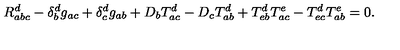
R _ { a b c } ^ { d } - \delta _ { b } ^ { d } g _ { a c } + \delta _ { c } ^ { d } g _ { a b } + D _ { b } T _ { a c } ^ { d } - D _ { c } T _ { a b } ^ { d } + T _ { e b } ^ { d } T _ { a c } ^ { e } - T _ { e c } ^ { d } T _ { a b } ^ { e } = 0 .